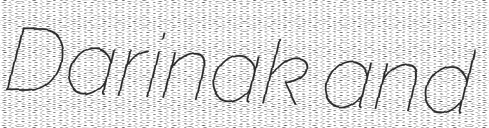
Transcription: Darinak and